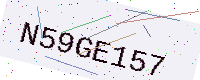
Text: N59GE157